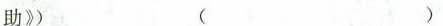
助》) (……)